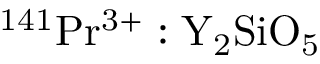
\mathrm { ^ { 1 4 1 } P r ^ { 3 + } : Y _ { 2 } S i O _ { 5 } }